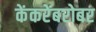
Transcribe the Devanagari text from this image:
केंकरेंबरोबर